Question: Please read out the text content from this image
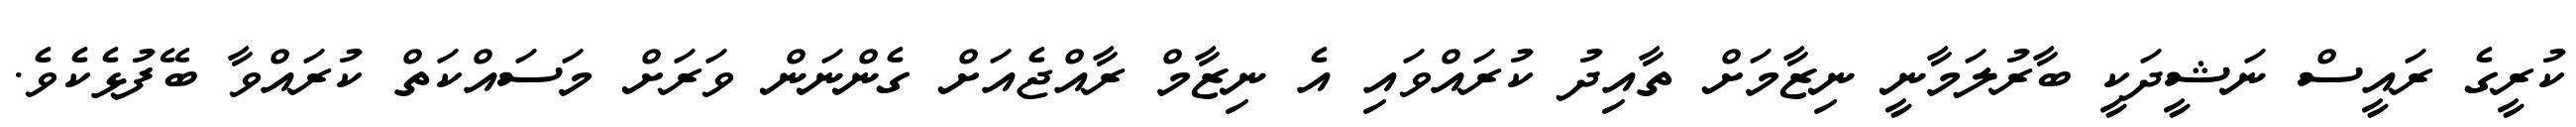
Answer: ކުރީގެ ރައީސް ނަޝީދަކީ ބާރުލަމާނީ ނިޒާމަށް ތާއިދު ކުރައްވައި އެ ނިޒާމް ރާއްޖެއަށް ގެންނަން ވަރަށް މަސައްކަތް ކުރައްވާ ބޭފުޅެކެވެ.